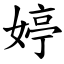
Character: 婷